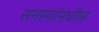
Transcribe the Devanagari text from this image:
समस्यांमधील